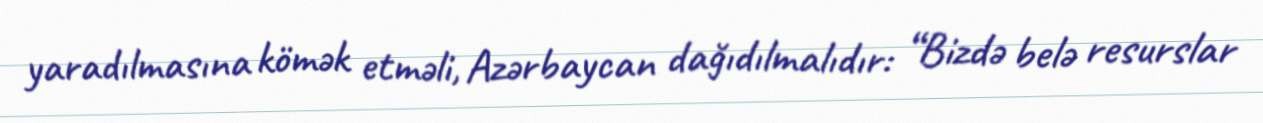
yaradılmasına kömək etməli, Azərbaycan dağıdılmalıdır: “Bizdə belə resurslar